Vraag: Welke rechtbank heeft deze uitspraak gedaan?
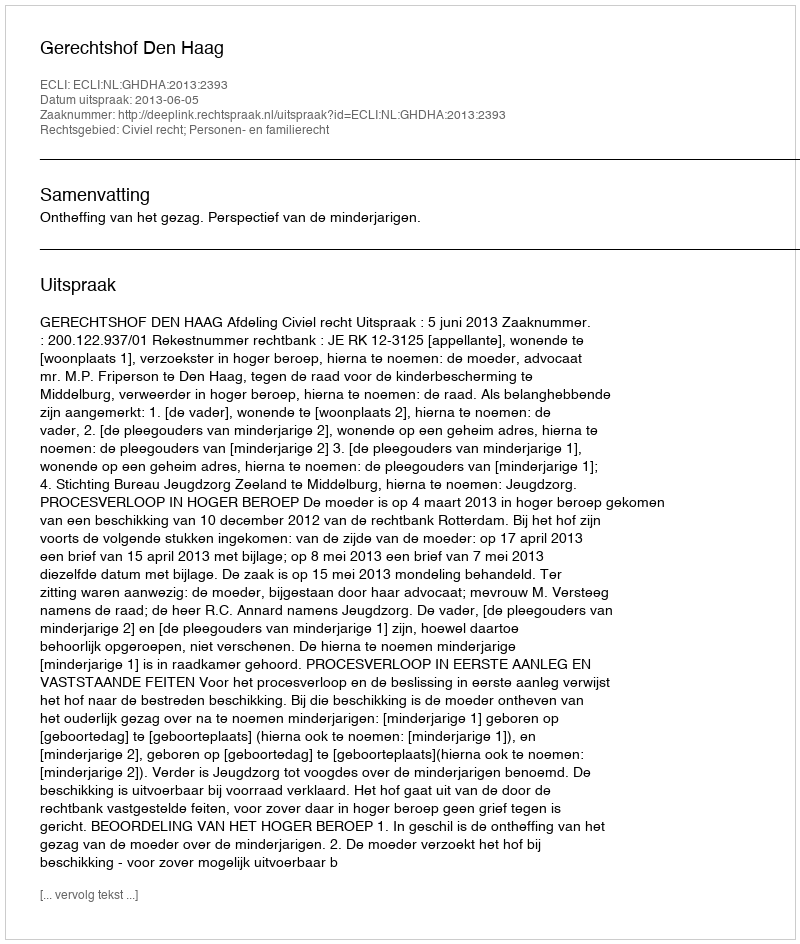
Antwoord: Gerechtshof Den Haag